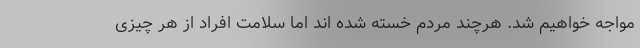
مواجه خواهیم شد. هرچند مردم خسته شده اند اما سلامت افراد از هر چیزی